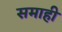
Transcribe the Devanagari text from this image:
समाही